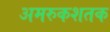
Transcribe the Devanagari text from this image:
अमरुकशतक